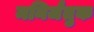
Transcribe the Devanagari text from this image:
मनिर्जंतुक